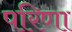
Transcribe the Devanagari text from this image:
परिणा